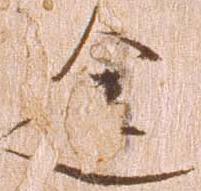
途